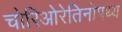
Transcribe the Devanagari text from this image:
चोरिओरेतिनोपथ्य